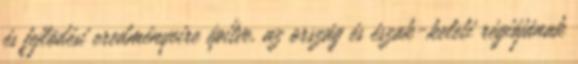
és fejlõdési eredményeire építve, az ország és észak-keleti régiójának